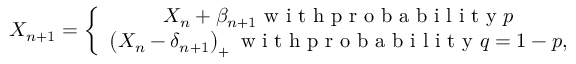
X _ { n + 1 } = \left\{ \begin{array} { c } { X _ { n } + \beta _ { n + 1 } \mathrm { ~ w ~ i ~ t ~ h ~ p ~ r ~ o ~ b ~ a ~ b ~ i ~ l ~ i ~ t ~ y ~ } p } \\ { \left( X _ { n } - \delta _ { n + 1 } \right) _ { + } \mathrm { ~ w ~ i ~ t ~ h ~ p ~ r ~ o ~ b ~ a ~ b ~ i ~ l ~ i ~ t ~ y ~ } q = 1 - p , } \end{array} \right.